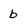
Character: b